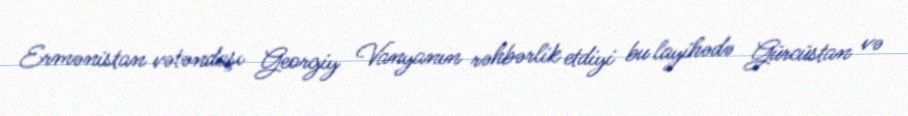
Ermənistan vətəndaşı Georgiy Vanyanın rəhbərlik etdiyi bu layihədə Gürcüstan və